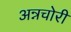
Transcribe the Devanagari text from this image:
अन्नचोरी